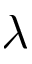
\lambda